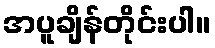
အပူချိန်တိုင်းပါ။